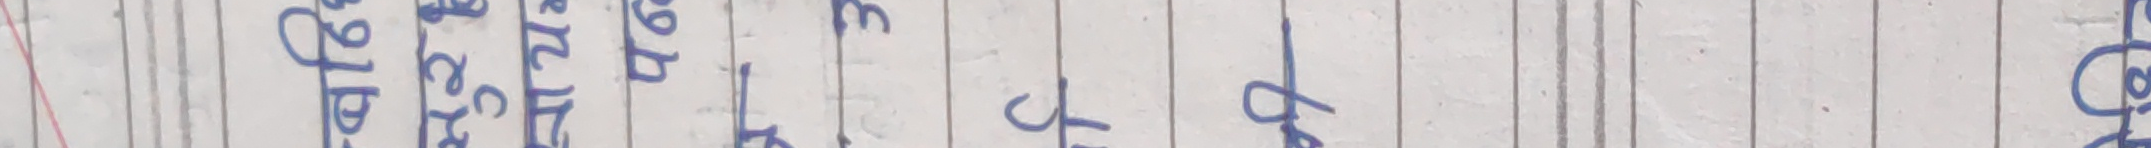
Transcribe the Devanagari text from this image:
चाहिन्छ कि